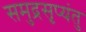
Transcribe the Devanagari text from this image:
समुद्रसृप्यंतु